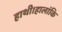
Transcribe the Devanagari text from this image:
हाथी।हालांकि